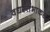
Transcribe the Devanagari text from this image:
वधस्तंभाकडे